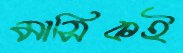
মাসিকই